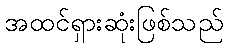
အထင်ရှားဆုံးဖြစ်သည်